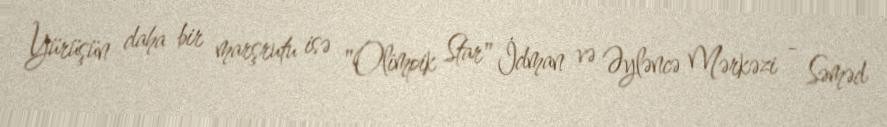
Yürüşün daha bir marşrutu isə "Olimpik Star" İdman və Əyləncə Mərkəzi - Səməd